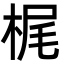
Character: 梶